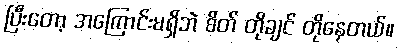
ပြီးတော့ အကြောင်းမရှိဘဲ စိတ် တိုချင် တိုနေတယ်။